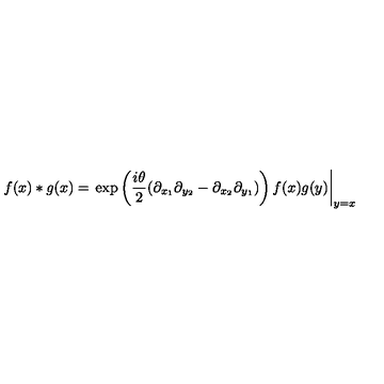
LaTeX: f ( x ) * g ( x ) = \left. \exp \left( \frac { i \theta } { 2 } ( \partial _ { x _ { 1 } } \partial _ { y _ { 2 } } - \partial _ { x _ { 2 } } \partial _ { y _ { 1 } } ) \right) f ( x ) g ( y ) \right| _ { y = x }